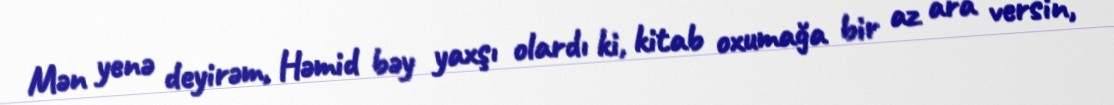
Mən yenə deyirəm, Həmid bəy yaxşı olardı ki, kitab oxumağa bir az ara versin,